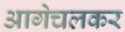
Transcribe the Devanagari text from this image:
आगेचलकर